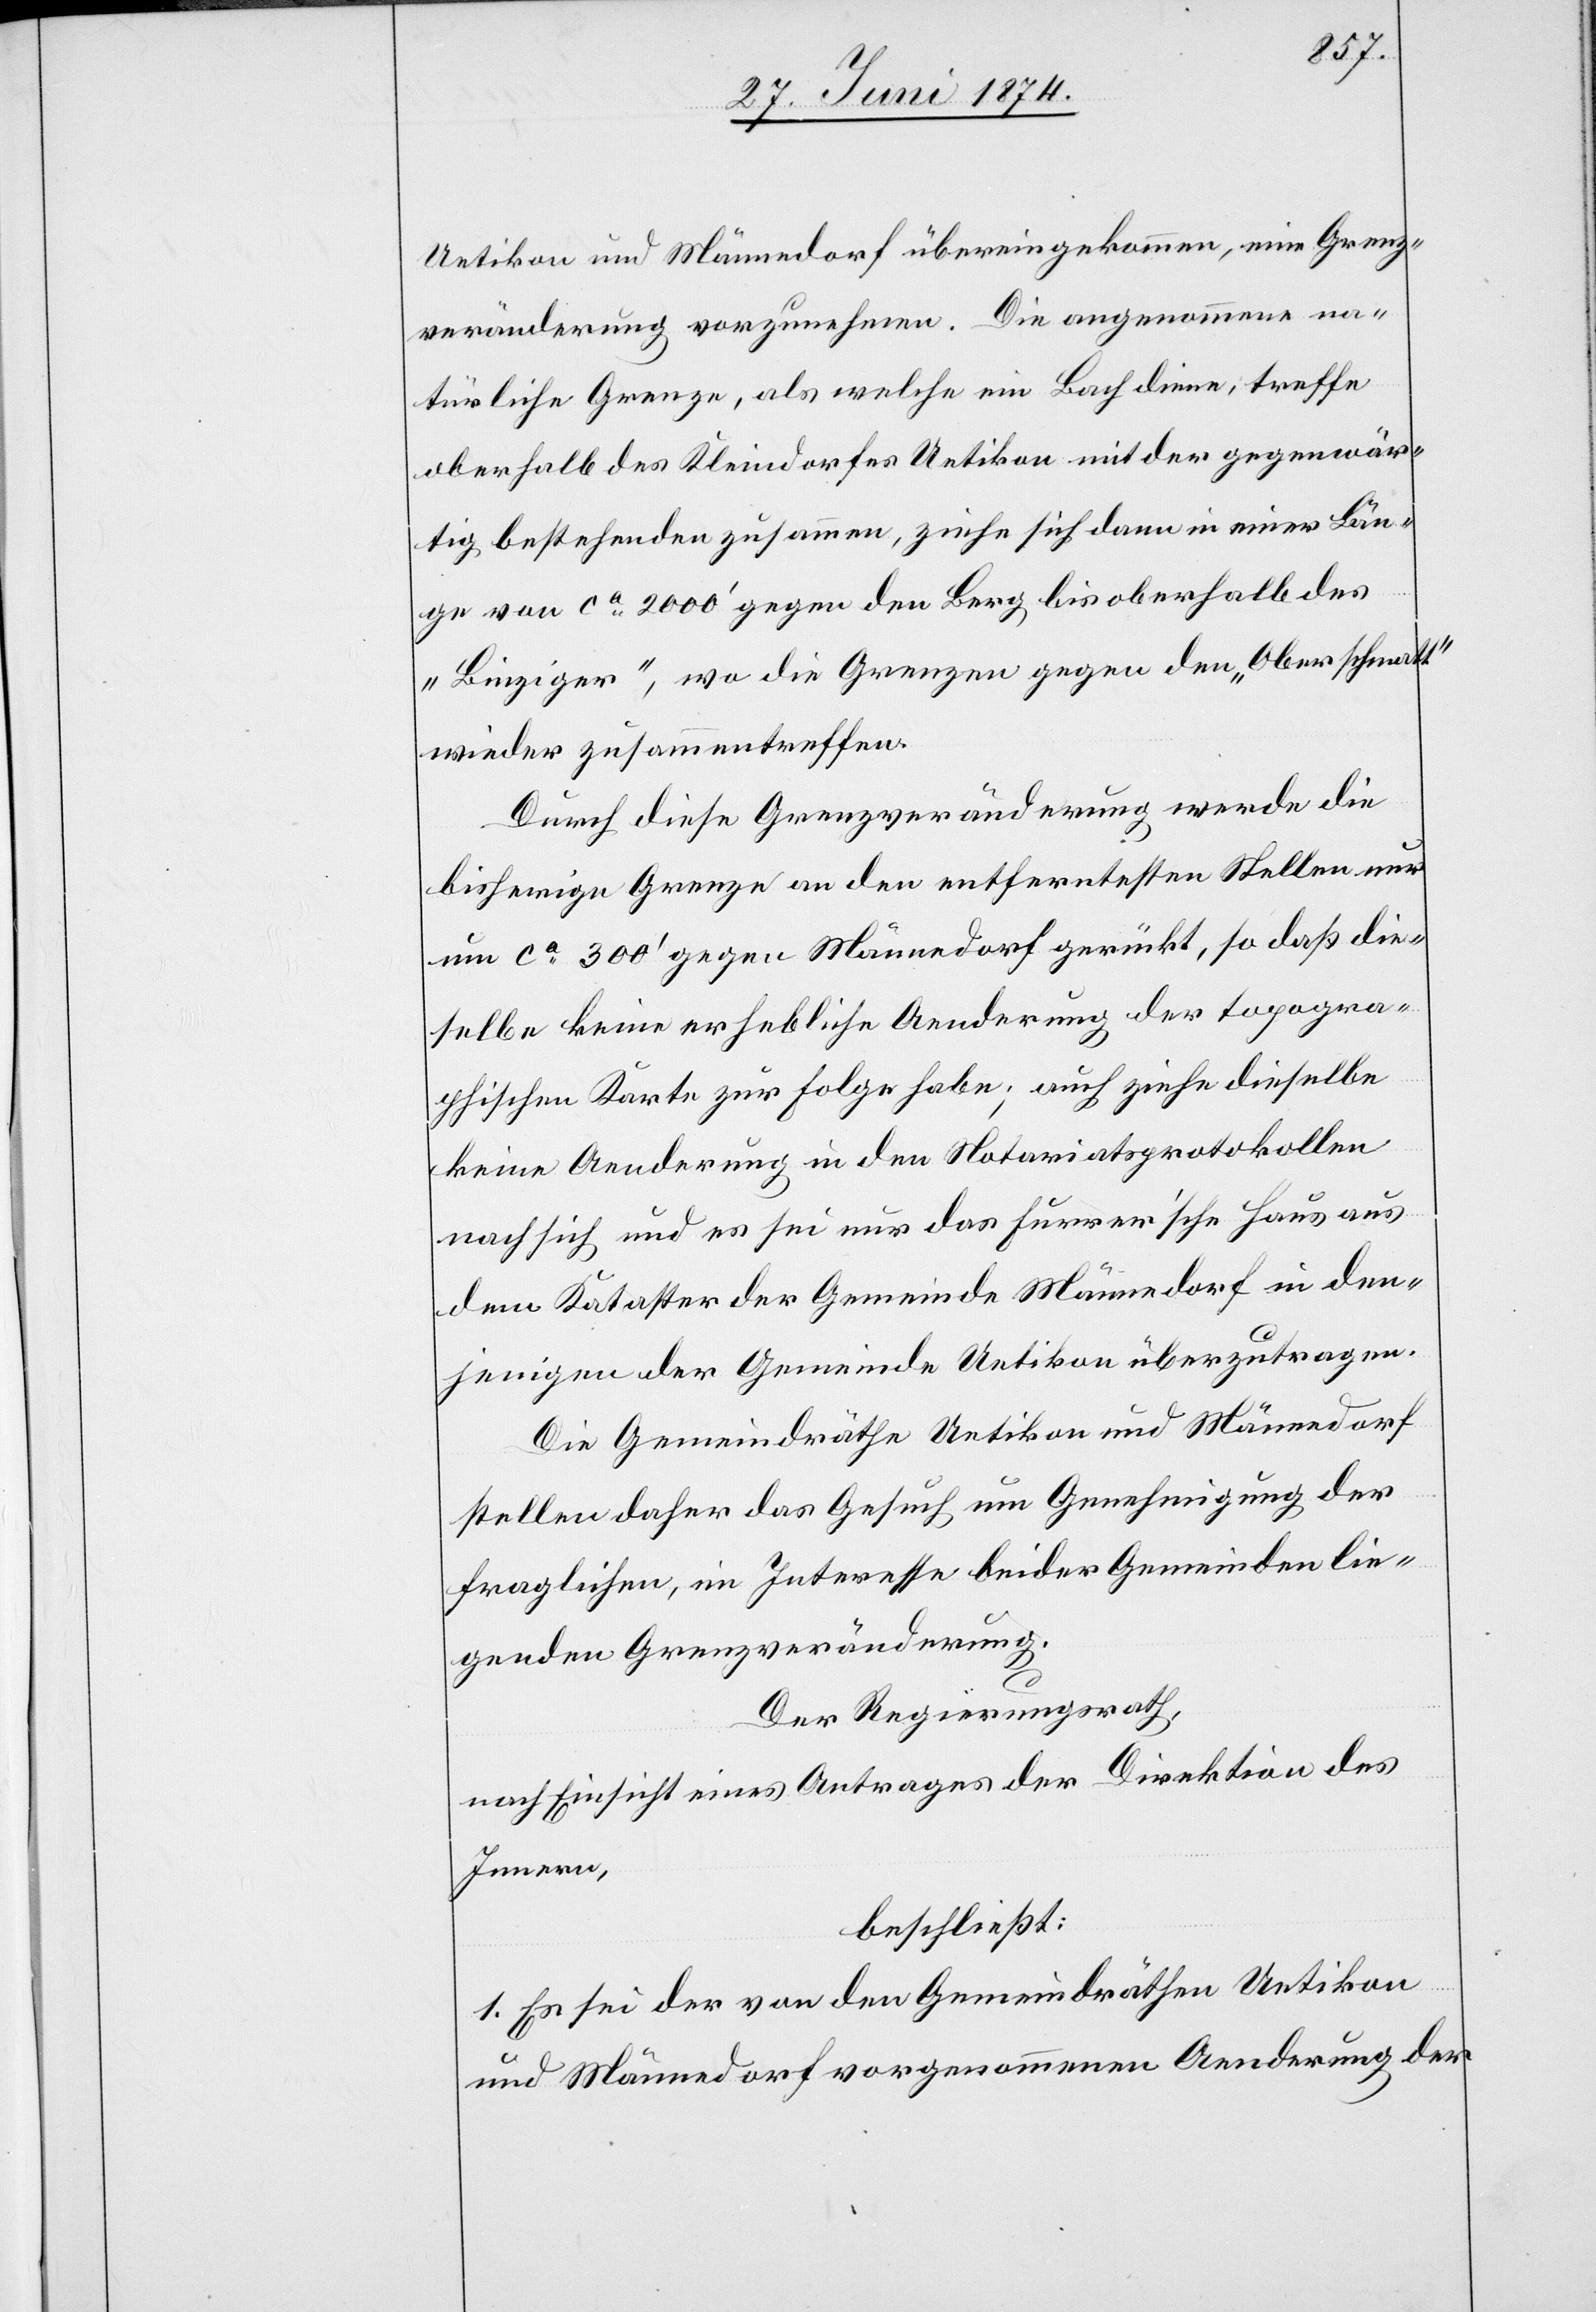
Uetikon und Männedorf übereingekommen, eine Grenz¬
veränderung vorzunehmen. Die angenommene na¬
türliche Grenze, als welche ein Bach diene, treffe
oberhalb des Kleindorfes Uetikon mit der gegenwär¬
tig bestehenden zusammen, ziehe sich dann in einer Län¬
ge von ca 2000‘ gegen den Berg bis oberhalb des
„Binziger“, wo die Grenzen gegen den „Oberschmatt“
wieder zusammentreffen.
Durch diese Grenzveränderung werde die
bisherige Grenze an den entferntesten Stellen nur
um ca 300‘ gegen Männedorf gerückt, so daß die¬
selbe keine erhebliche Aenderung der topogra¬
phischen Karte zur Folge habe; auch ziehe dieselbe
keine Aenderung in den Notariatsprotokollen
nach sich und es sei nur das Furrer‘sche Haus aus
dem Kataster der Gemeinde Männedorf in den¬
jenigen der Gemeinde Uetikon überzutragen.
Die Gemeindräthe Uetikon und Männedorf
stellen daher das Gesuch um Genehmigung der
fraglichen, im Interesse beider Gemeinden lie¬
genden Grenzveränderung.
Der Regierungsrath,
nach Einsicht eines Antrages der Direktion des
Innern,
beschließt:
1. Es sei der von den Gemeindräthen Uetikon
und Männedorf vorgenommenen Aenderung der